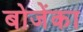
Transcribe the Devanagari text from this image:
बोजेंका